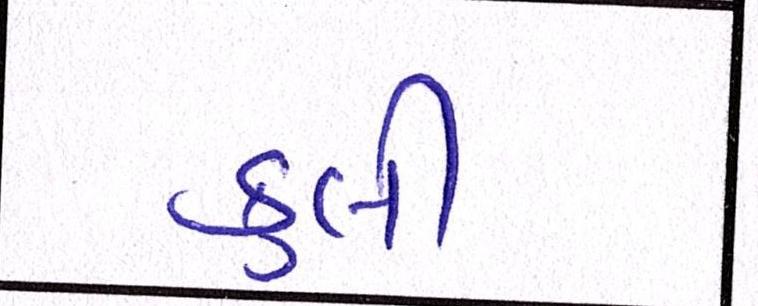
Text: કુલી